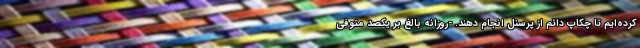
کرده‌ایم تا چکاپ دائم از پرسنل انجام دهند. -روزانه بالغ بر یکصد متوفی